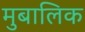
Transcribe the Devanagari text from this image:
मुबालिक